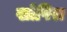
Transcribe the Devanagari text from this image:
खोपिरा